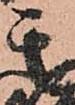
其